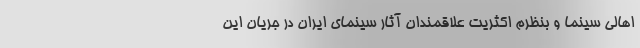
اهالی سینما و بنظرم اکثریت علاقمندان آثار سینمای ایران در جریان این